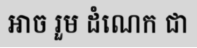
អាច រួម ដំណេក ជា